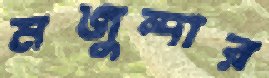
মজুন্দার